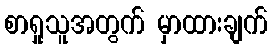
စာရှုသူအတွက် မှာထားချက်